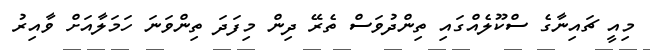
މިއީ ޗައިނާގެ ސްކޫލެއްގައި ތިންދުވަސް ތެރޭ ދިން މިފަދަ ތިންވަނަ ހަމަލާއަށް ވާއިރު